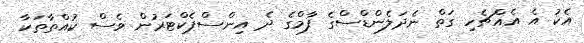
އެކު އެ އެއްޗެހި ގަތް ނެދަލެންޑްސްގެ ފާމްގެ ދެ އިންސްޕެކްޓަރުން ވެސް ކުއްތާތަކާ